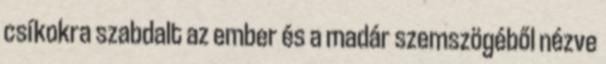
csíkokra szabdalt az ember és a madár szemszögéből nézve